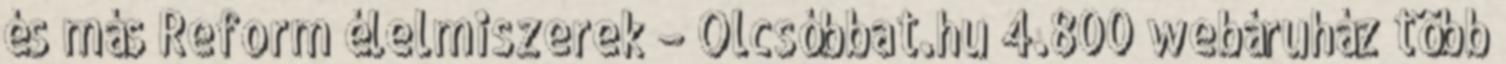
és más Reform élelmiszerek – Olcsóbbat.hu 4.800 webáruház több